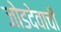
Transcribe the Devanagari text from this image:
जोडदेवाची